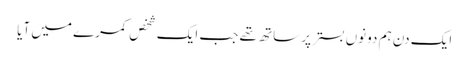
ایک دن ہم دونوں بستر پر ساتھ تھے جب ایک شخص کمرے میں آیا